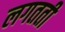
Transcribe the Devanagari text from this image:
लगतती